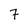
Character: 7